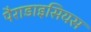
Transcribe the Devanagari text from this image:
पैराडाइसियस